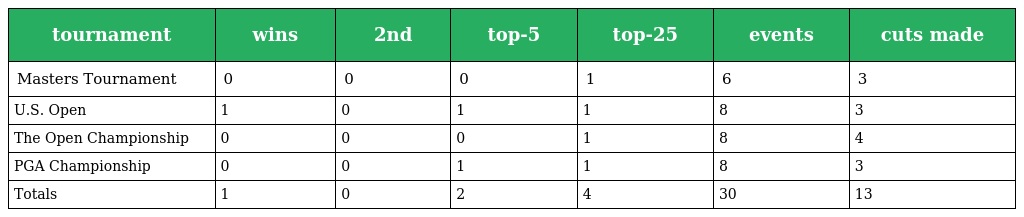
| tournament | wins | 2nd | top-5 | top-25 | events | cuts made |
 | --- | --- | --- | --- | --- | --- | --- |
 | Masters Tournament | 0 | 0 | 0 | 1 | 6 | 3 |
 | U.S. Open | 1 | 0 | 1 | 1 | 8 | 3 |
 | The Open Championship | 0 | 0 | 0 | 1 | 8 | 4 |
 | PGA Championship | 0 | 0 | 1 | 1 | 8 | 3 |
 | Totals | 1 | 0 | 2 | 4 | 30 | 13 |